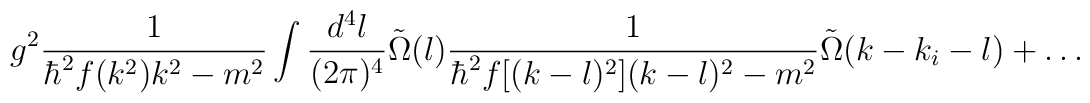
g^2 \frac{1}{\hbar^2 f(k^2) k^2 - m^2} \int \frac{d^4 l}{(2 \pi)^4} \tilde{\Omega}(l) \frac{1}{\hbar^2 f[(k-l)^2] (k-l)^2 - m^2} \tilde{\Omega}(k - k_i-l) + \dots